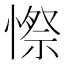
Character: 憏